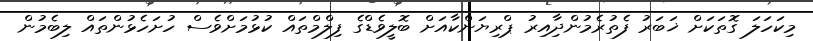
މިކަހަލަ ގޮތަކަށް ޚަބަރު ފެތުރެމުންދާިއިރު ޕްރިޔަންކާއަށް ބޮލީވެޑްގެ ފިލްމްތައް ކުޅުމަށްވެސް ހުށަހެޅުންތައް ލިބެމުން